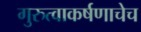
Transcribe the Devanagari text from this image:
गुरुत्वाकर्षणाचेच